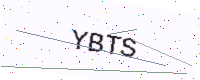
Text: YBTS